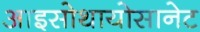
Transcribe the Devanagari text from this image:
आइसोथायोसानेट